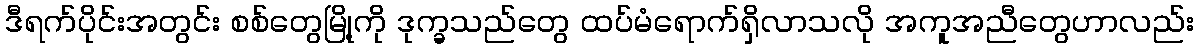
ဒီရက်ပိုင်းအတွင်း စစ်တွေမြို့ကို ဒုက္ခသည်တွေ ထပ်မံရောက်ရှိလာသလို အကူအညီတွေဟာလည်း